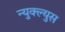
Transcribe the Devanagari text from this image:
न्युक्ल्युस